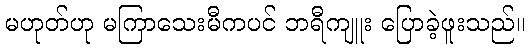
မဟုတ်ဟု မကြာသေးမီကပင် ဘရီကျူး ပြောခဲ့ဖူးသည်။